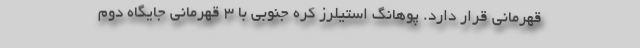
قهرمانی قرار دارد. پوهانگ استیلرز کره جنوبی با 3 قهرمانی جایگاه دوم